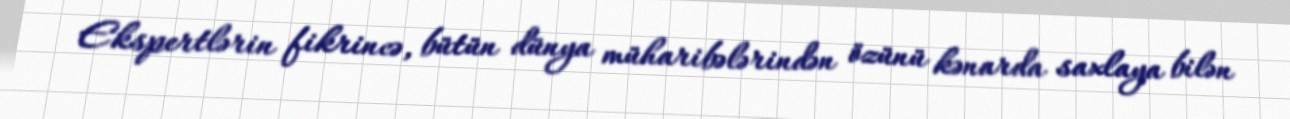
Ekspertlərin fikrincə, bütün dünya müharibələrindən özünü kənarda saxlaya bilən